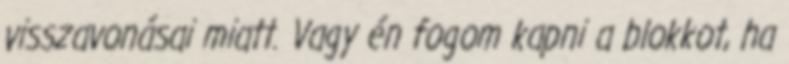
visszavonásai miatt. Vagy én fogom kapni a blokkot, ha